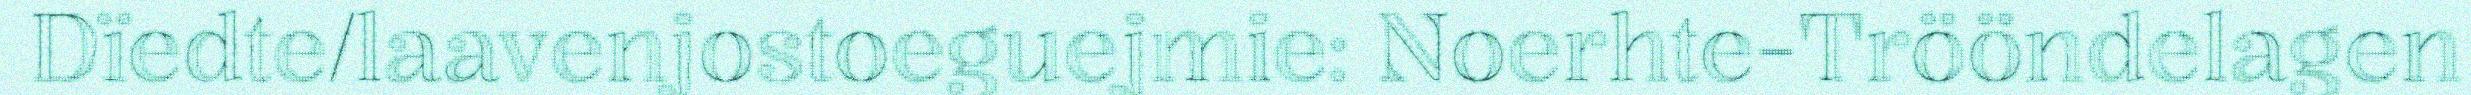
Dïedte/laavenjostoeguejmie: Noerhte-Trööndelagen